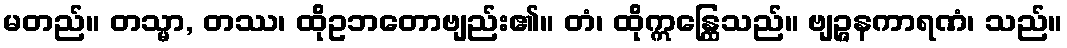
မတည်။ တသ္မာ, တဿ၊ ထိုဥဘတောဗျည်း၏။ တံ၊ ထိုဣန္ထြေသည်။ ဗျဉ္ဇနကာရဏံ၊ သည်။